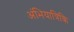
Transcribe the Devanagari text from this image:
अंभियात्रिकि